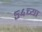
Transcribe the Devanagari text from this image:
५४च्या